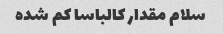
سلام مقدار کالباسا کم شده